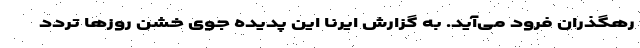
رهگذران فرود می‌آید. به گزارش ایرنا این پدیده جوی خشن روزها تردد